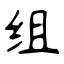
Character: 组